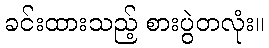
ခင်းထားသည့် စားပွဲတလုံး။